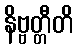
နိဗ္ဗတ္တီတိ